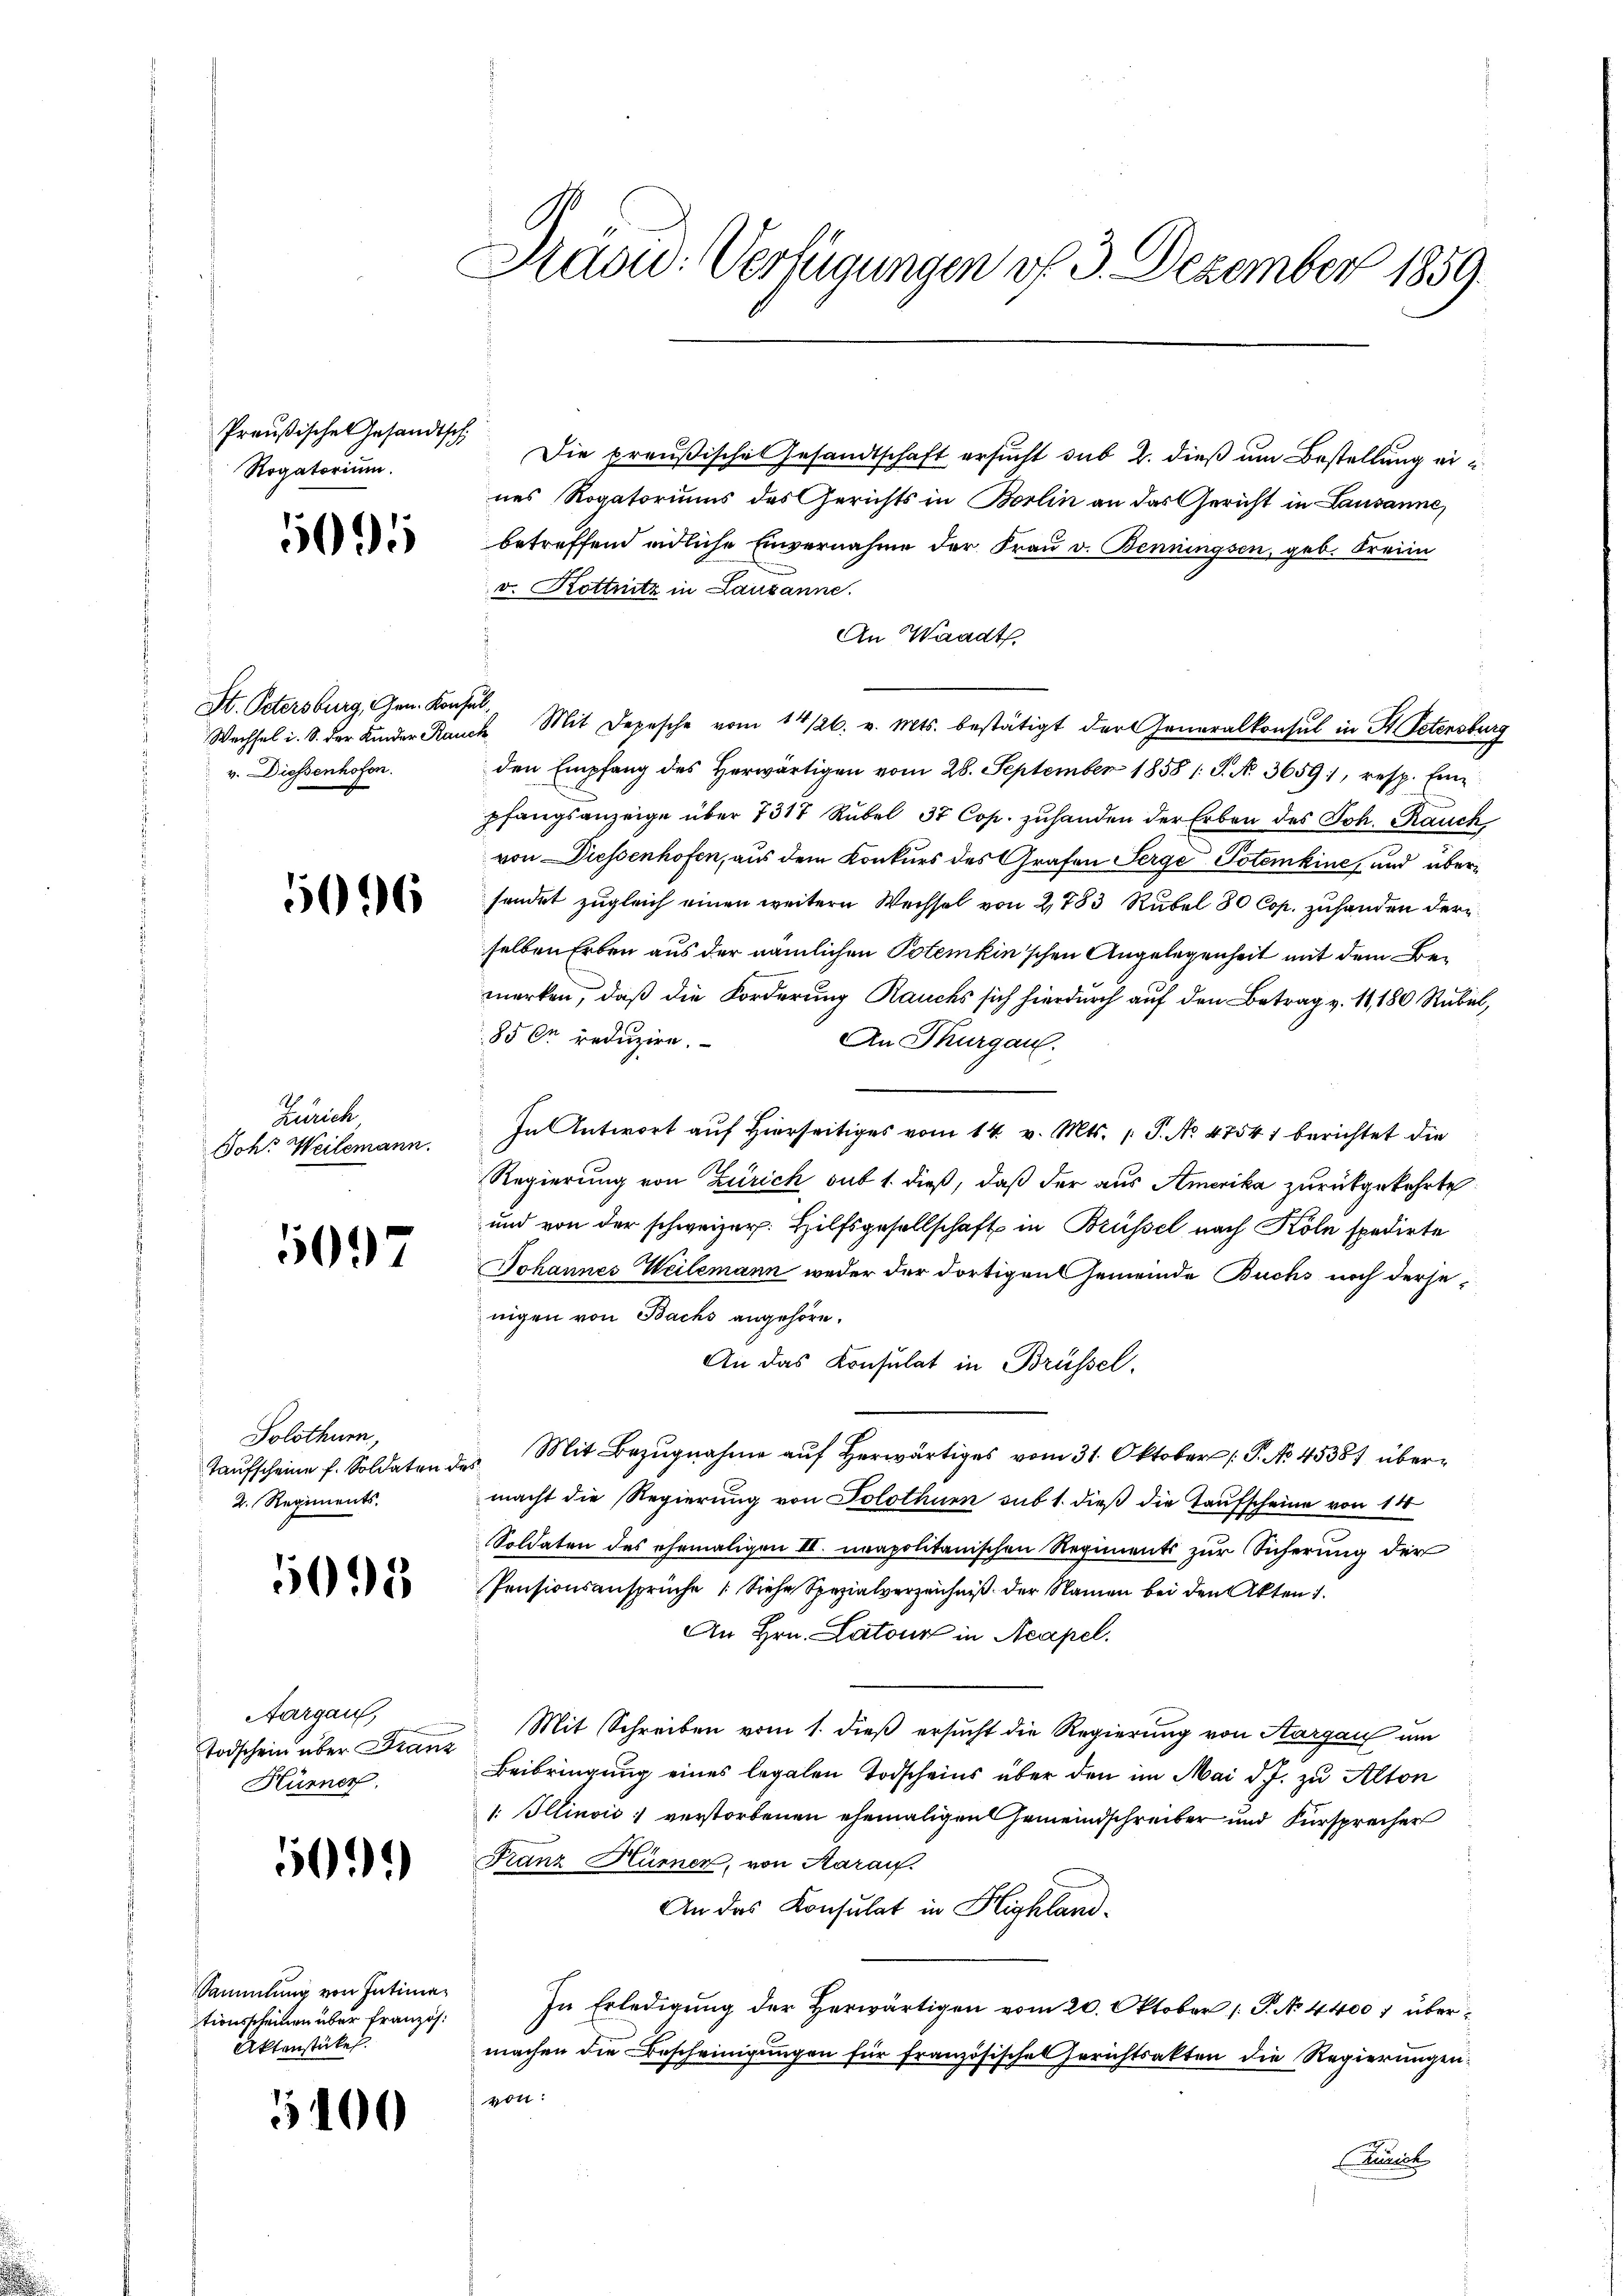
Preußischen Gesandtsch
Rogatorium.

5095

St. Petersburg, Gen. Konsul
v. Diessenhofen.

5096

Zürich
Doh. Weilemann.

5097

Solothurn,
2. Regiments.

505

Aargau,
Todschein über Franz
Hürner

50

Sammlung von Intimationsscheinen über französ.
Aktenstücke.

5400

Sad: Verfügungen vf 3. Dezember 1859.

Die preußisches Gesandtschaft ersucht sub 2. dieß um Bestellung eines Rogatoriums des Gerichts in Borlin an das Gericht in Lausanne,
betreffend endliche Einvernahme der Frau v. Benningsen, geb. Kreiin
v. Kottnitz in Lausanne.
An Waadt.
Wechsel i. S. der Kinder Rauch Mit Depesche vom 14/26. v. Mts. bestätigt der Generalkonsul in St. Potinstur
den Empfang des herwärtigen vom 28. September 1858 s. S. Nr. 3659, resp. Ein
pfangsanzeige über 7317 Rubel 37 Cop. zuhanden der Erben des Joh. Rauch
von Diessenhofen, aus dem Konkurs des Grafen Serge Totemkine, und übersendet zugleich einen weitern Wechsel von 2783 Rubel 80 Cop. zuhanden der
selben Erben aus der nämlichen Potemkin'schen Angelegenheit mit dem Bemerken, daß die Forderung Rauchs sich hierdurch auf den Betrag v. 11,180 Rubel,
85 r reduzire.
An Thurgau.
In Antwort auf Hierseitiges vom 14. v. Mts. 1 P. No 47541 berichtet die
Regierung von Zürich, sub 1. dieß, daß der aus Amerika zurückgekehrte
und von der schweizer. Hilfsgesellschaft in Brüssel nach Köln spedirte
Johannes Weilemann weder der dortigen Gemeinde Buchs noch dersenigen von Bachs angehöre.
An das Konsulat in Brüssel
Taŭfscheine f. Soldaten des Mit Bezŭgnahme aŭf herwärtiges vom 31. Oktober P. No. 45387 übermacht die Regierung von Solothurn sub 1. dieß die Taufscheine von 100
Soldaten des ehemaligen III. unapolitanischen Regiments zur Sicherung der
Pensionsansprüche (Siehe Spezialverzeichniß der Namen bei den Akten 1.
An Hrn. Latour in Acapel.
Mit Schreiben vom 1. dieß ersucht die Regierung von Aargau um
Beibringung eines legalen Todscheins über den im Mai d. J. zu Alton
1. Illinois verstorbenen ehemaligen Gemeindschreiber und Fürsprecher
Franz Hürner, von Aarauf.
An das Consulat in Highland¬
In Erledigung der Herwärtigen vom 20. Oktober 1. P. No 4400 f übermachen die Bescheinigungen für französisches Gerichtsakten die Regierungen:
von:
Funich